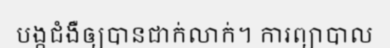
បង្កជំងឺឲ្យបានជាក់លាក់។ ការព្យាបាល